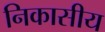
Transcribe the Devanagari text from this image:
निकासीय